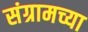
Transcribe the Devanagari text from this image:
संग्रामच्या